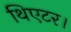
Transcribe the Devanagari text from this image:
थिएटर।